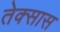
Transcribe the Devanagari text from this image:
तेक्सास